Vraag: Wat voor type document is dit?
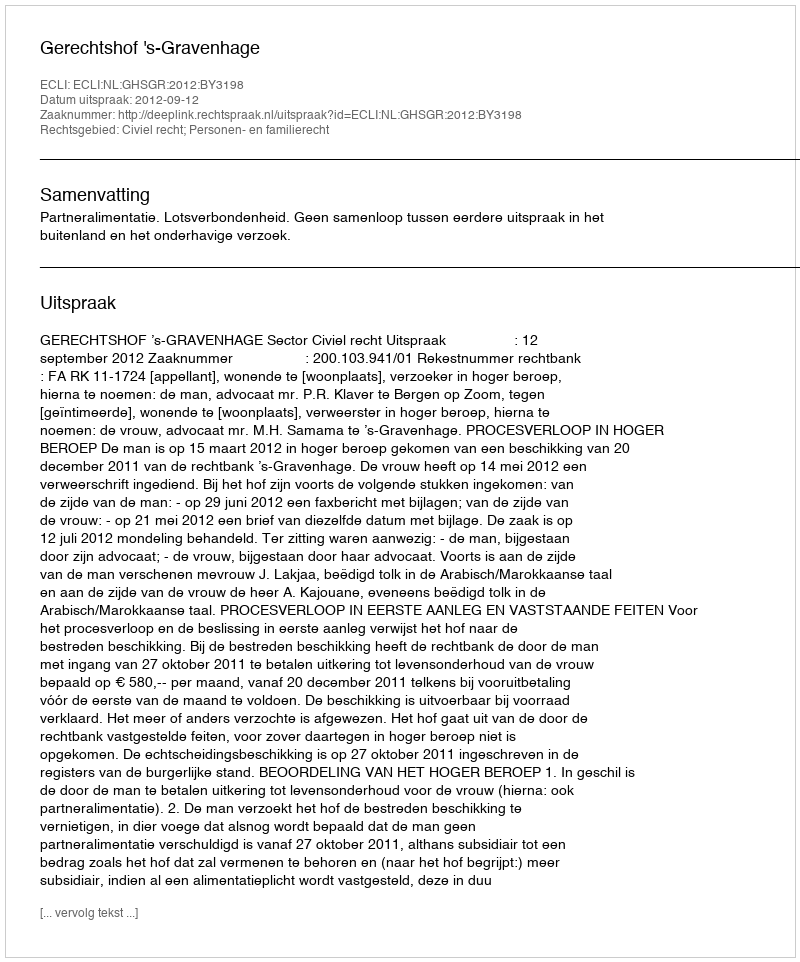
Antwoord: Uitspraak